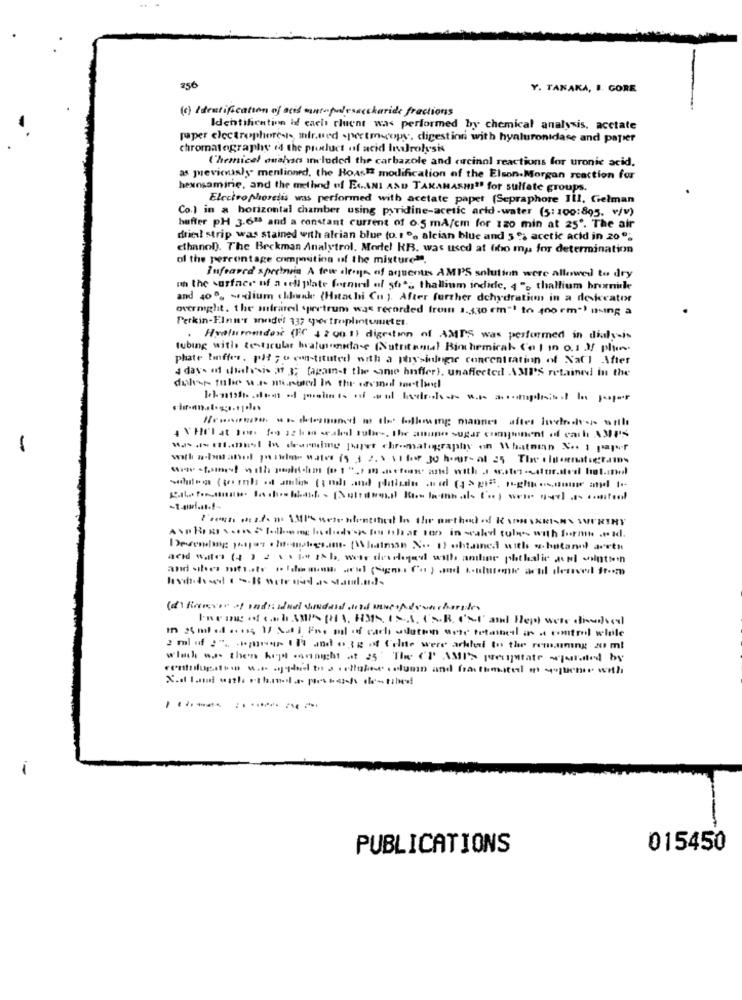
256
Y. TANAKA, I. GORE
(c) Identification of acid wantopolysaccharide fractions
Identification of each cluent was performed by chemical analysis, acetate
paper electrophoresis, infrared spectmecops, digestion with hyaluronidase and papier
chromatography ed the product of acid Indrolysis
Chemicel cualses included the carbazole and cucinol reactions for uronic acid.
as jevicnasly" mentioned, the Roast modification of the Elson.Morgan reaction for
hexnsamire, and the method of EtANI AND TAKAHASHI" for sulfate groups.
Electro phoresis was performed with acetate paper (Sepraphore Ill, Gelman
Co.) in a horizontal chamber using pyridine-acetic arid -water (5:100:895. v/v)
buffer pH 3.638 and a constant current of 0.5 mA/cm for 120 min at 25". The air
drie strip was stained with alrian blue (o.t% alcian blue and 5º; acetic acid in 20";
ethanol). The Beckman Analytrol, Mortel KB. was used at fibo my. for determination
of the percentage composition of the mixture".
Infrared speeltuin A few derge of aqueous AMPS solution were allowed to dry
" the surface of a sell plate formed af 56"s thallium indide, 4"> thallium bromide
and 400% -rdium chunk (Hitachi Cn ). After further dehydration in a de kecater
overnight, the mirarel spectrum was recorded from 1.330 cm- to 400 cm ) ning a
Perkin-Elna's anodel 337 per troplintunter.
Hyalurondex (FC 4 2 00 1) digestion of AMPS was performed in dialysis
tubing with testicular bralutenla-e (Nutritamal Biochemical ('o | in o.1 3f plus
phate linffer. pl ; o constituted with a physiologie concentration of NaCl After
4 day- of whalesis 3 3; (against the same hnfler). unaffected AMI'S retained in the
dulese tube sea nested in the cremel method
4 XHrlat Ior feo 12 bin sealed tulw -, the anuno sugar component of cath AMPS
wasd-silou In drumming juger chromatography on Whatman Se. ; paper
wine -foimet with position (or) in cartoon and with a water-sur-sted hotel
Treat wisdom Menezesfontihed In the method of &SONSKRISH\ AVERTHY
Avp Box ... n > [odboomg bs didesrs fou th at ton in wald tulys with formu .t. id.
Devendas pagar . hemakesan (Whatman X. 1) obtained with whatanul accen
and wait (4) 2 solo 1tb, wie derlage with antine plochalie and wintien
Inring of cash AMPS (23. H3IS, ISA. (S.R. CSU and Hept were discussed
In 2 ml ed .. es; 1/ Aati Fre ml of cach aslutein urie tetatheil in a control while
2 ml of :". .. manur II and otg of felite were arklat to the remaining 21 ml
which was them higet onenight at 25" The CP AMPS presentate squidted by
controloestou. tid to acthabe column and frautomated m quener with
.-----
PUBLICATIONS
015450